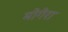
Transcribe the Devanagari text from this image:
मोगेरा